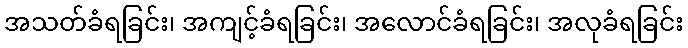
အသတ်ခံရခြင်း၊ အကျင့်ခံရခြင်း၊ အလောင်ခံရခြင်း၊ အလုခံရခြင်း